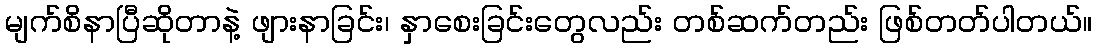
မျက်စိနာပြီဆိုတာနဲ့ ဖျားနာခြင်း၊ နှာစေးခြင်းတွေလည်း တစ်ဆက်တည်း ဖြစ်တတ်ပါတယ်။